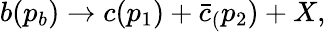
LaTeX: b(p_{b})\rightarrow c(p_{1})+\bar{c}_{(}p_{2})+X,